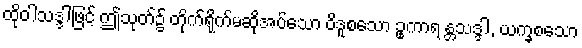
ထိုဝါသဒ္ဒါဖြင့် ဤသုတ်၌ တိုက်ရိုက်မဆိုအပ်သော ဝိဒူစသော ဥုကာရ န္တသဒ္ဒါ, ယက္ခစသော